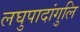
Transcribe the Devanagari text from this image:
लघुपादांगुलि